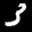
Label: 3